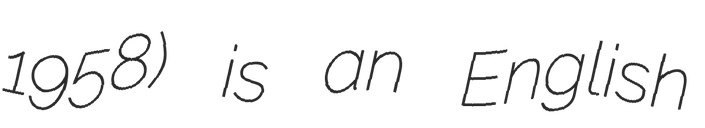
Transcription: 1958) is an English